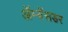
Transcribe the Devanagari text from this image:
ॲम्बॅसडर